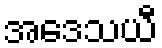
အဒေသယီ